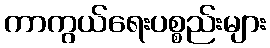
ကာကွယ်ရေးပစ္စည်းများ